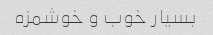
بسیار خوب و خوشمزه